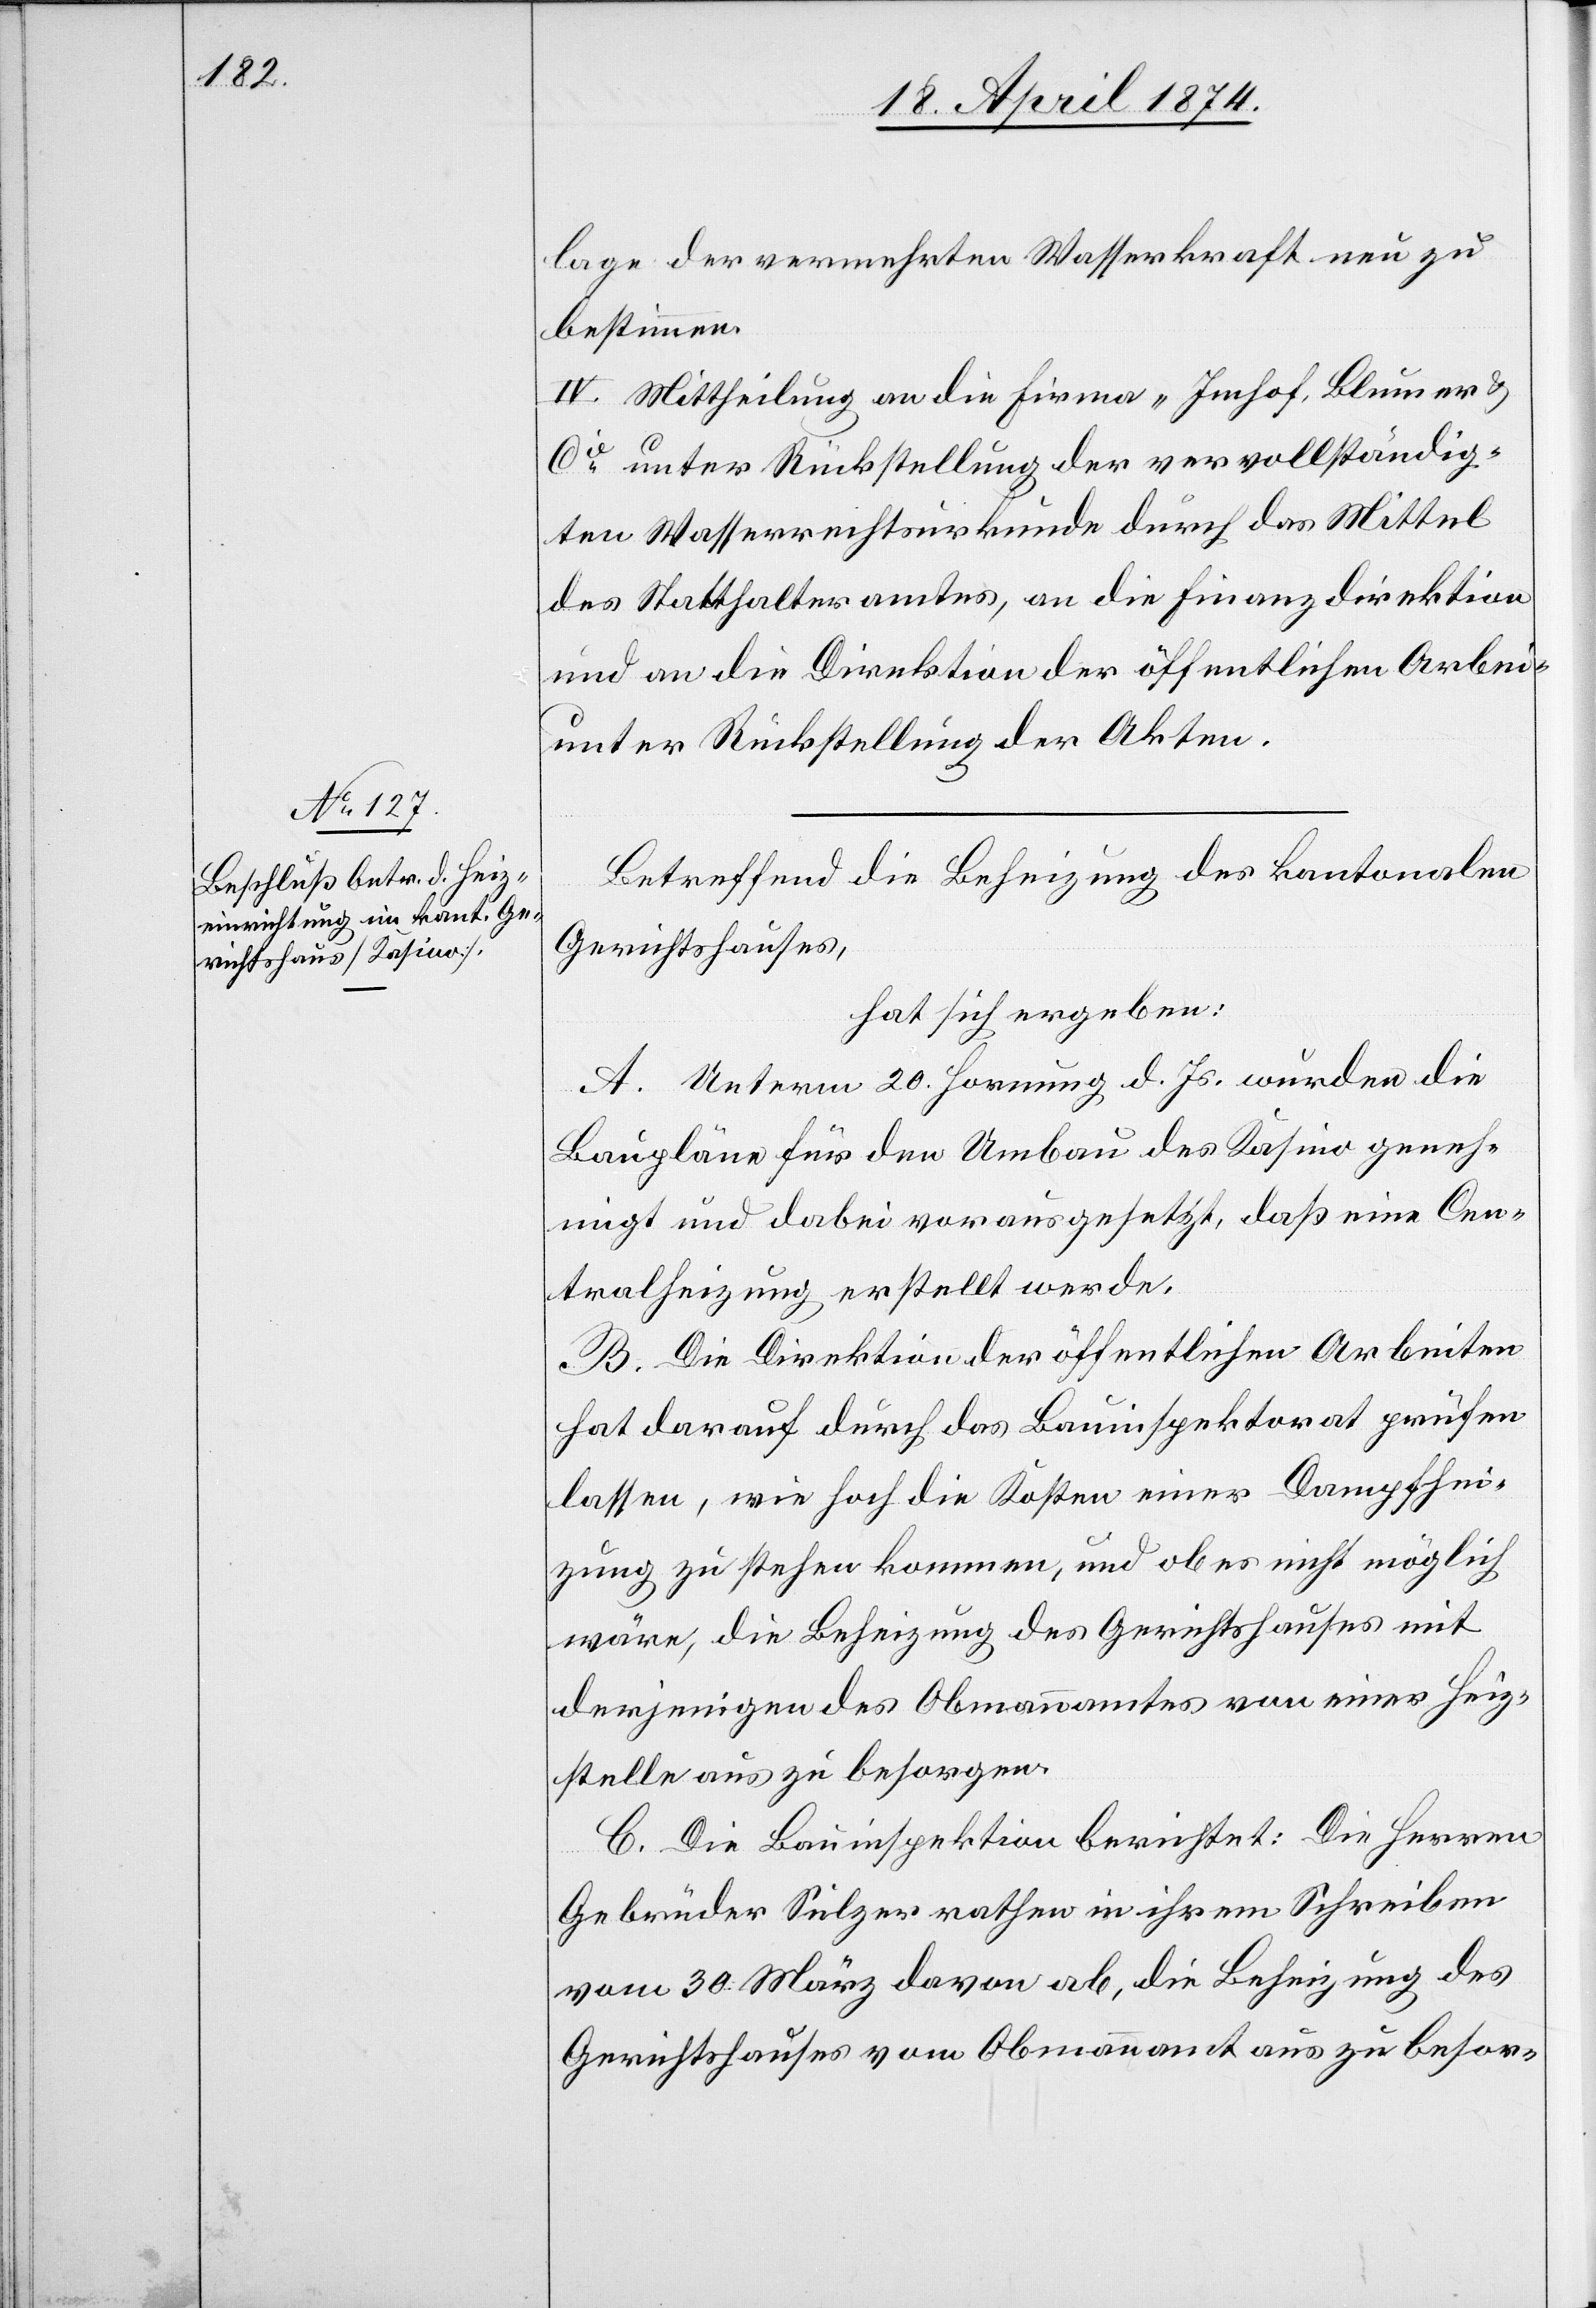
lage der vermehrten Wasserkraft neu zu
bestimmen.
IV. Mittheilung an die Firma „Imhof, Blumer u.
Cie“ unter Rückstellung der vervollständig¬
ten Wasserrechtsurkunde durch das Mittel
des Statthalteramtes, an die Finanzdirektion
und an die Direktion der öffentlichen Arbei[ten]
unter Rückstellung der Akten.
Betreffend die Beheizung des kantonalen
Gerichtshauses,
hat sich ergeben:
A. Unterm 20. Hornung d. Js. wurden die
Baupläne für den Umbau des Kasino geneh¬
migt und dabei vorausgesetzt, daß eine Cen¬
tralheizung erstellt werde.
B. Die Direktion der öffentlichen Arbeiten
hat darauf durch das Bauinspektorat prüfen
lassen, wie hoch die Kosten einer Dampfhei¬
zung zu stehen kommen, und ob es nicht möglich
wäre, die Beheizung des Gerichtshauses mit
derjenigen des Obmannamtes von einer Heiz¬
stelle aus zu besorgen.
C. Die Bauinspektion berichtet: Die Herren
Gebrüder Sulzer rathen in ihrem Schreiben
vom 30. März davon ab, die Beheizung des
Gerichtshauses vom Obmannamt aus zu besor-